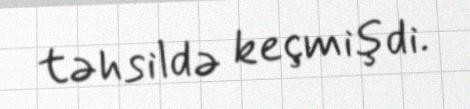
təhsildə keçmişdi.